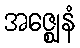
အဇ္ဈေနံ